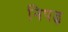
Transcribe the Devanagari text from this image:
निपढ़